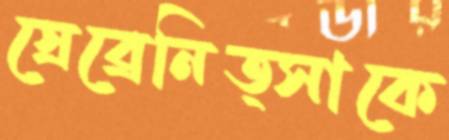
স্রেব্রেনিত্সাকে